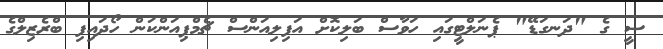
ސީ ގެ "ދަނގަޑޭ" ޕެނަލްޓީގައި ހަވާސް ބަލިކޮށް އަފިލިއަންސް ޗެމްޕިއަންކަން ހޯދައިފި ބްރެޒިލްގެ